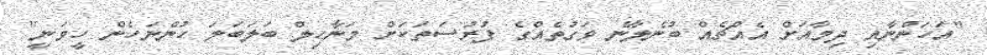
"އަހަންނާއި ދިމާއަށް އެއްޗެއް ބުނެލާނެ ވަގުތެއްގެ ފުރުސަތަކަށް މަނާހިލް ބަލަބަލަ ހުންނަހެން ހީވަނީ"